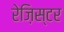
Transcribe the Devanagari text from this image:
रेज़िस्टर